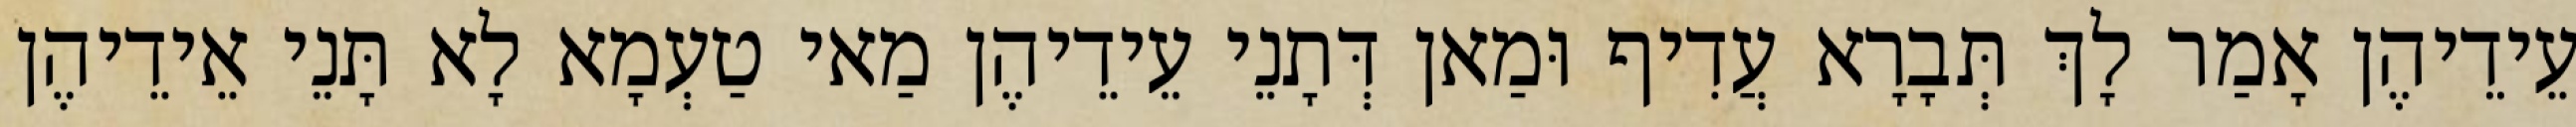
עֵידֵיהֶן אָמַר לָךְ תְּבָרָא עֲדִיף וּמַאן דְּתָנֵי עֵידֵיהֶן מַאי טַעְמָא לָא תָּנֵי אֵידֵיהֶן